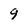
Character: 9